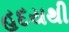
હદયથી